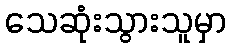
သေဆုံးသွားသူမှာ